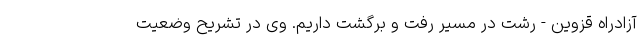
آزادراه قزوین - رشت در مسیر رفت و برگشت داریم. وی در تشریح وضعیت